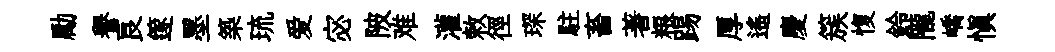
勵譽良篴墨築琉爱宓陂难灌敕徑琛駐畜著粮踢厚遙慶簇愎鈴隴嶠愼